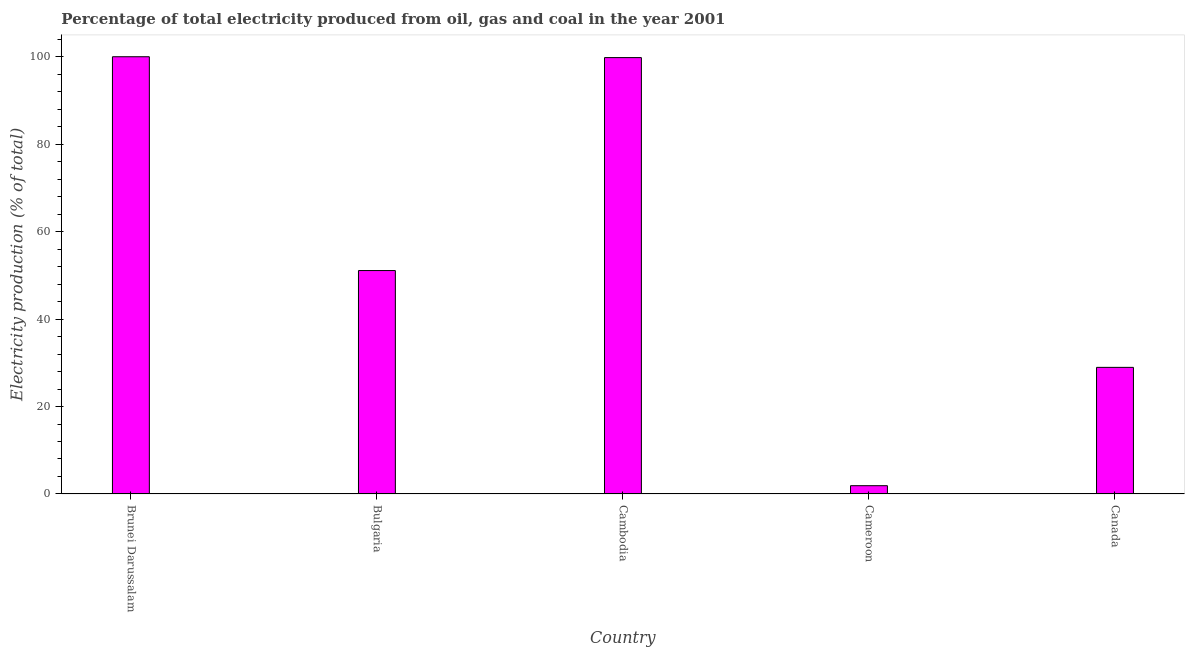
| Country | Electricity production |
 | --- | --- |
 | Brunei Darussalam | 100 |
 | Bulgaria | 51.1 |
 | Cambodia | 99.8 |
 | Cameroon | 1.89 |
 | Canada | 29 |